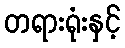
တရားရုံးနှင့်